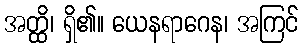
အတ္ထိ၊ ရှိ၏။ ယေနရာဂေန၊ အကြင်